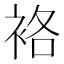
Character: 袼